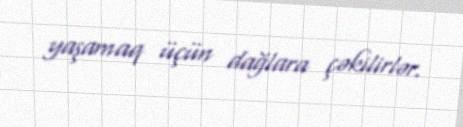
yaşamaq üçün dağlara çəkilirlər.